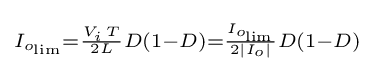
\scriptstyle I_{o_{\text{lim}}}={\frac {V_{i}\,T}{2L}}D\left(1-D\right)={\frac {I_{o_{\text{lim}}}}{2\left|I_{o}\right|}}D\left(1-D\right)